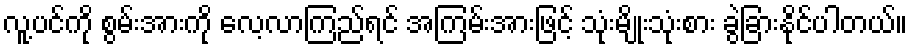
လူ့ပင်ကို စွမ်းအားကို လေ့လာကြည်ရင် အကြမ်းအားဖြင့် သုံးမျိုးသုံးစား ခွဲခြားနိုင်ပါတယ်။